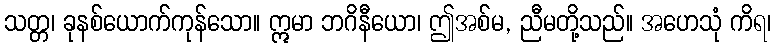
သတ္တ၊ ခုနစ်ယောက်ကုန်သော။ ဣမာ ဘဂိနီယော၊ ဤအစ်မ, ညီမတို့သည်။ အဟေသုံ ကိရ၊